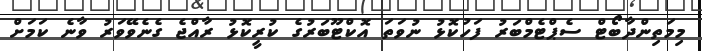
މިމަތިންދާބޯޓް ސެޕްޓެމްބަރު ފަހުކޮޅު ނުވަތަ އޮކްޓޫބަރުގެ ކުރީކޮޅު ރާއްޖެ ގެނެވޭވަރު ވާނެ ކަމަށް